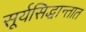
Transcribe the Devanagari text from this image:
सूर्यसिद्धान्तात